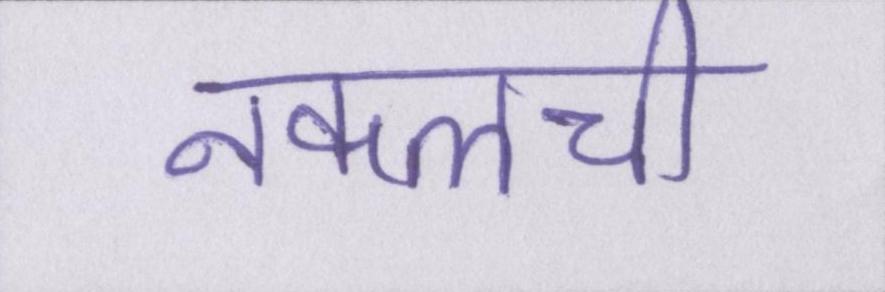
नकलची